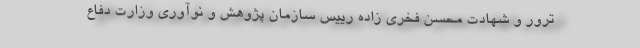
ترور و شهادت محسن فخری زاده رییس سازمان پژوهش و نوآوری وزارت دفاع